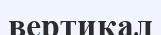
вертикал